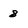
Character: 8